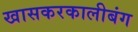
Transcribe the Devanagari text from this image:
खासकरकालीबंग